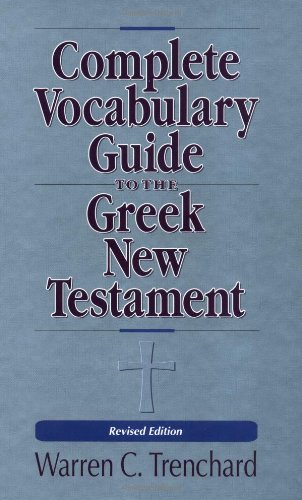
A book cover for The Complete Vocabulary Guide to the Greek New Testament; Warren C. Trenchard; Christian Books & Bibles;